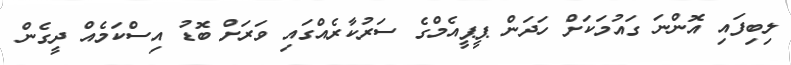
ލިބިފައި އޮންނަ ގައުމަކަށް ހަދަން ޕީޕީއެމްގެ ސަރުކާރެއްގައި ވަރަށް ބޮޑު އިސްކަމެއް ދީގެން